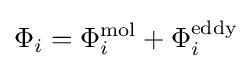
\Phi _{i}=\Phi _{i}^{\text{mol}}+\Phi _{i}^{\text{eddy}}